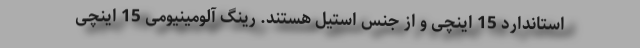
استاندارد 15 اینچی و از جنس استیل هستند. رینگ آلومینیومی 15 اینچی